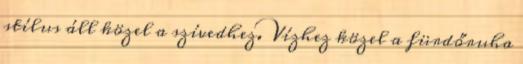
stílus áll közel a szívedhez. Vízhez közel a fürdőruha